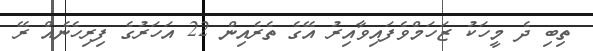
ތިބި ދެ މީހަކު ޒަހަމްވެފައިވާއިރު އޭގެ ތެރެއިން 22 އަހަރުގެ ފިރިހެނެއް ރޭ